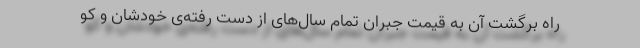
راه برگشت آن به قیمت جبران تمام سال‌های از دست رفته‌ی خودشان و کو